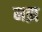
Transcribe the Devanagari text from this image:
मझ